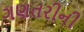
ગણતરીની